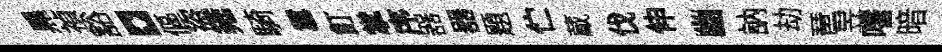
黒禎豁。傴盜雍騎囂飣掌序器器題伫蔵伐伸幽訥劫琶昱嗜暗